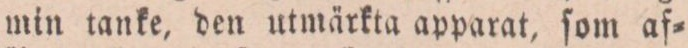
min tanke, den utmärkta apparat, ſom af=